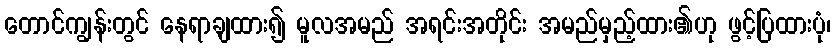
တောင်ကျွန်းတွင် နေရာချထား၍ မူလအမည် အရင်းအတိုင်း အမည်မှည့်ထား၏ဟု ဖွင့်ပြထားပုံ၊